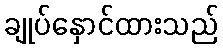
ချုပ်နှောင်ထားသည်